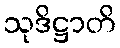
သုဒိဋ္ဌာတိ